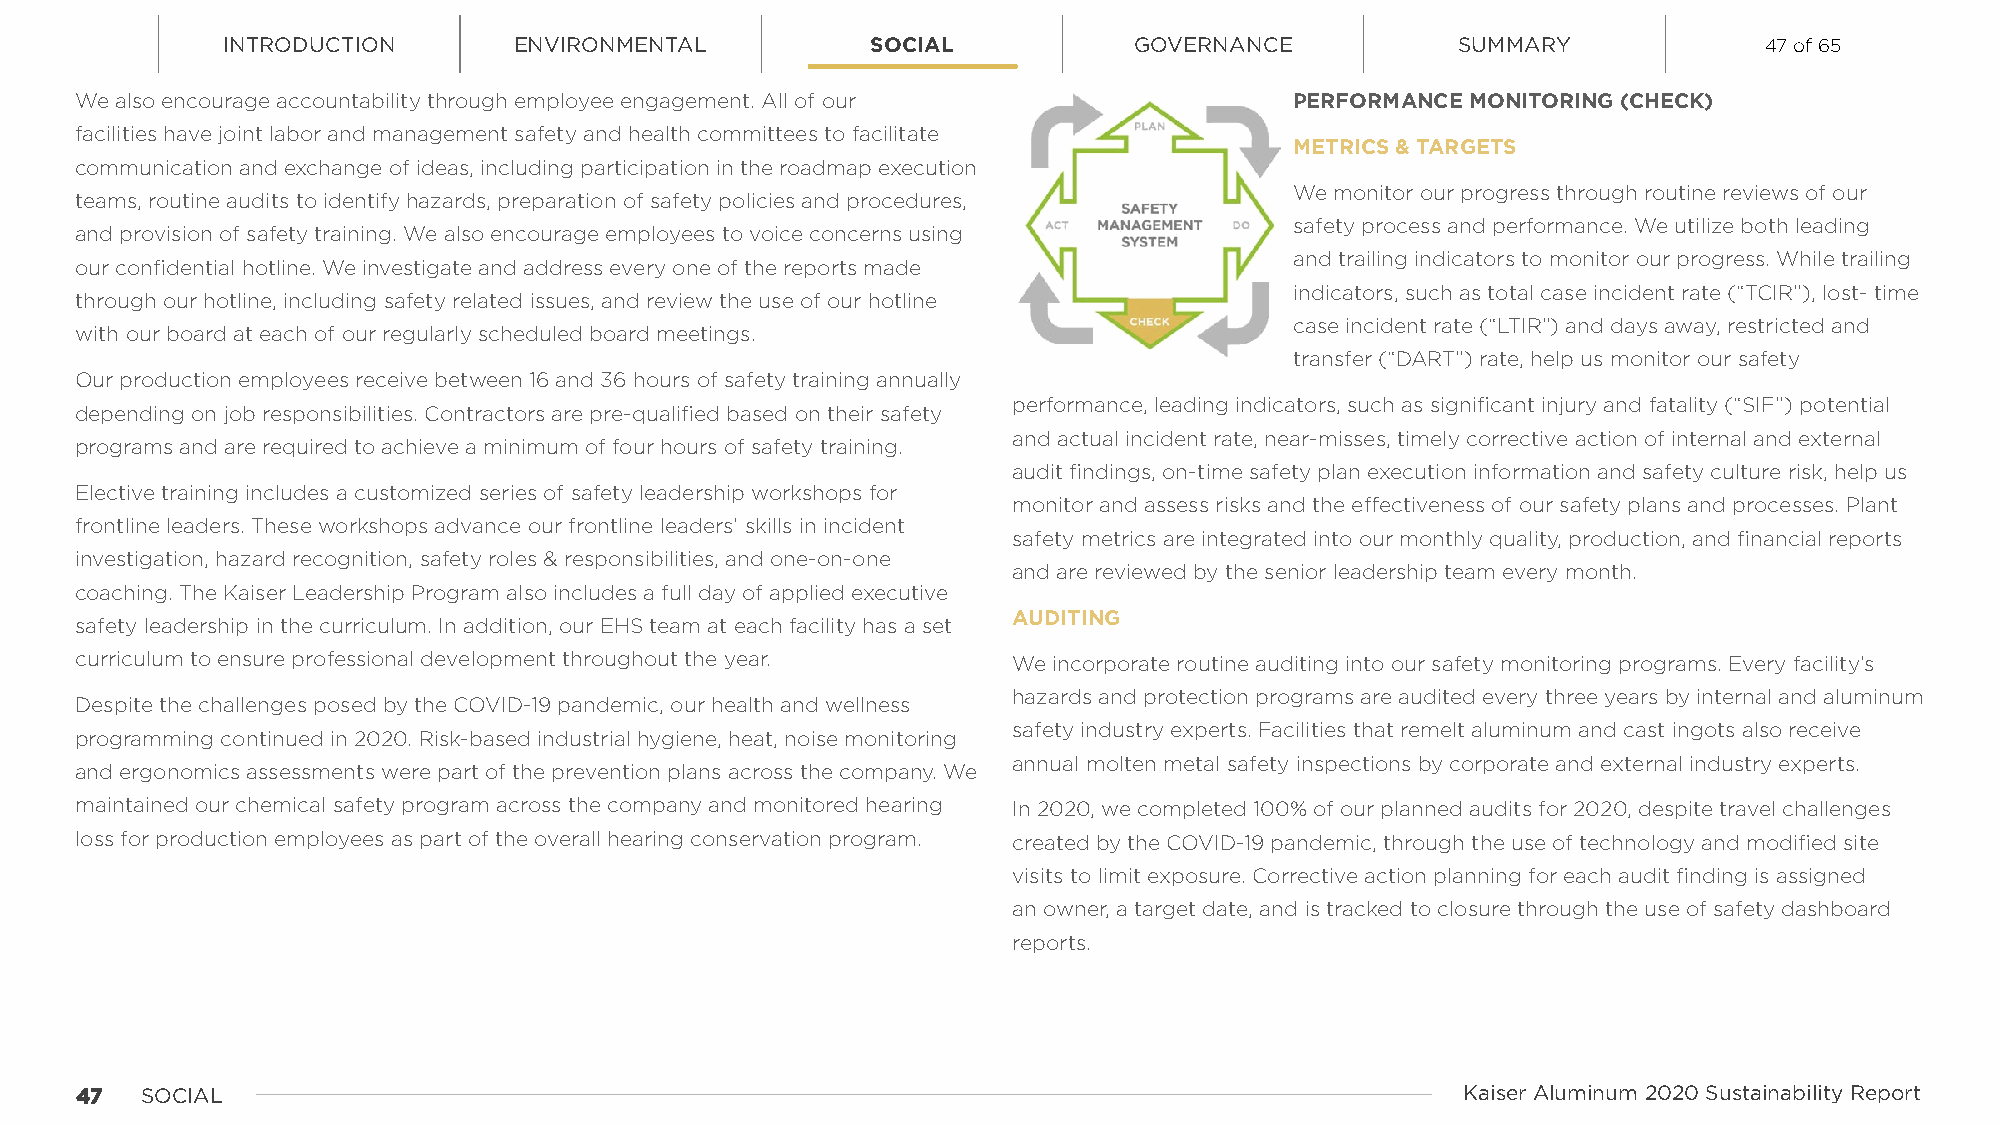
INTRODUCTION       ENVIRONMENTAL           SOCIAL           GOVERNANCE            SUMMARY             47 of 65
 We also encourage accountability through employee engagement. All of our         PERFORMANCE MONITORING (CHECK)
 facilities have joint labor and management safety and health committees to facilitate
 METRICS & TARGETS
 communication and exchange of ideas, including participation in the roadmap execution
 We monitor our progress through routine reviews of our
 teams, routine audits to identify hazards, preparation of safety policies and procedures,
 safety process and performance. We utilize both leading
 and provision of safety training. We also encourage employees to voice concerns using
 and trailing indicators to monitor our progress. While trailing
 our confidential hotline. We investigate and address every one of the reports made
 indicators, such as total case incident rate (“TCIR”), lost- time
 through our hotline, including safety related issues, and review the use of our hotline
 case incident rate (“LTIR”) and days away, restricted and
 with our board at each of our regularly scheduled board meetings.
 transfer (“DART”) rate, help us monitor our safety
 Our production employees receive between 16 and 36 hours of safety training annually
 performance, leading indicators, such as significant injury and fatality (“SIF”) potential
 depending on job responsibilities. Contractors are pre-qualified based on their safety
 and actual incident rate, near-misses, timely corrective action of internal and external
 programs and are required to achieve a minimum of four hours of safety training.
 audit findings, on-time safety plan execution information and safety culture risk, help us
 Elective training includes a customized series of safety leadership workshops for
 monitor and assess risks and the effectiveness of our safety plans and processes. Plant
 frontline leaders. These workshops advance our frontline leaders’ skills in incident
 safety metrics are integrated into our monthly quality, production, and financial reports
 investigation, hazard recognition, safety roles & responsibilities, and one-on-one
 and are reviewed by the senior leadership team every month.
 coaching. The Kaiser Leadership Program also includes a full day of applied executive
 AUDITING
 safety leadership in the curriculum. In addition, our EHS team at each facility has a set
 curriculum to ensure professional development throughout the year. We incorporate routine auditing into our safety monitoring programs. Every facility’s
 hazards and protection programs are audited every three years by internal and aluminum
 Despite the challenges posed by the COVID-19 pandemic, our health and wellness
 safety industry experts. Facilities that remelt aluminum and cast ingots also receive
 programming continued in 2020. Risk-based industrial hygiene, heat, noise monitoring
 annual molten metal safety inspections by corporate and external industry experts.
 and ergonomics assessments were part of the prevention plans across the company. We
 maintained our chemical safety program across the company and monitored hearing In 2020, we completed 100% of our planned audits for 2020, despite travel challenges
 loss for production employees as part of the overall hearing conservation program. created by the COVID-19 pandemic, through the use of technology and modified site
 visits to limit exposure. Corrective action planning for each audit finding is assigned
 an owner, a target date, and is tracked to closure through the use of safety dashboard
 reports.
 4477 SOCIAL                                                                                 Kaiser Aluminum 2020 Sustainability Report